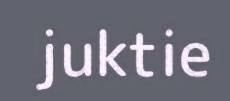
juktie